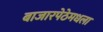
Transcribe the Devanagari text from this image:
बाजारपेठेमधला